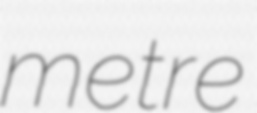
metre